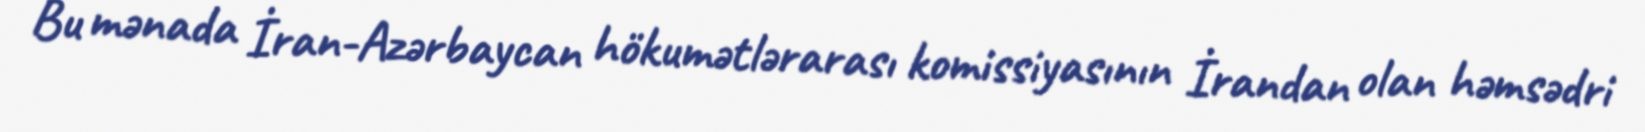
Bu mənada İran-Azərbaycan hökumətlərarası komissiyasının İrandan olan həmsədri